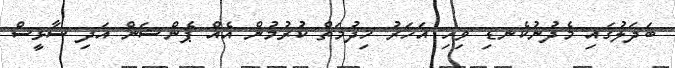
ބަދަލުގައި މެދުނުކެނޑި ވިހި އަހަރު ޚިދުމަތް ކުރުމުން އެއް ޕެންޝަން އަދި ސާޅީސް